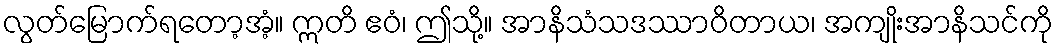
လွတ်မြောက်ရတော့အံ့။ ဣတိ ဧဝံ၊ ဤသို့။ အာနိသံသဒဿာဝိတာယ၊ အကျိုးအာနိသင်ကို